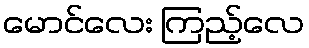
မောင်လေး ကြည့်လေ